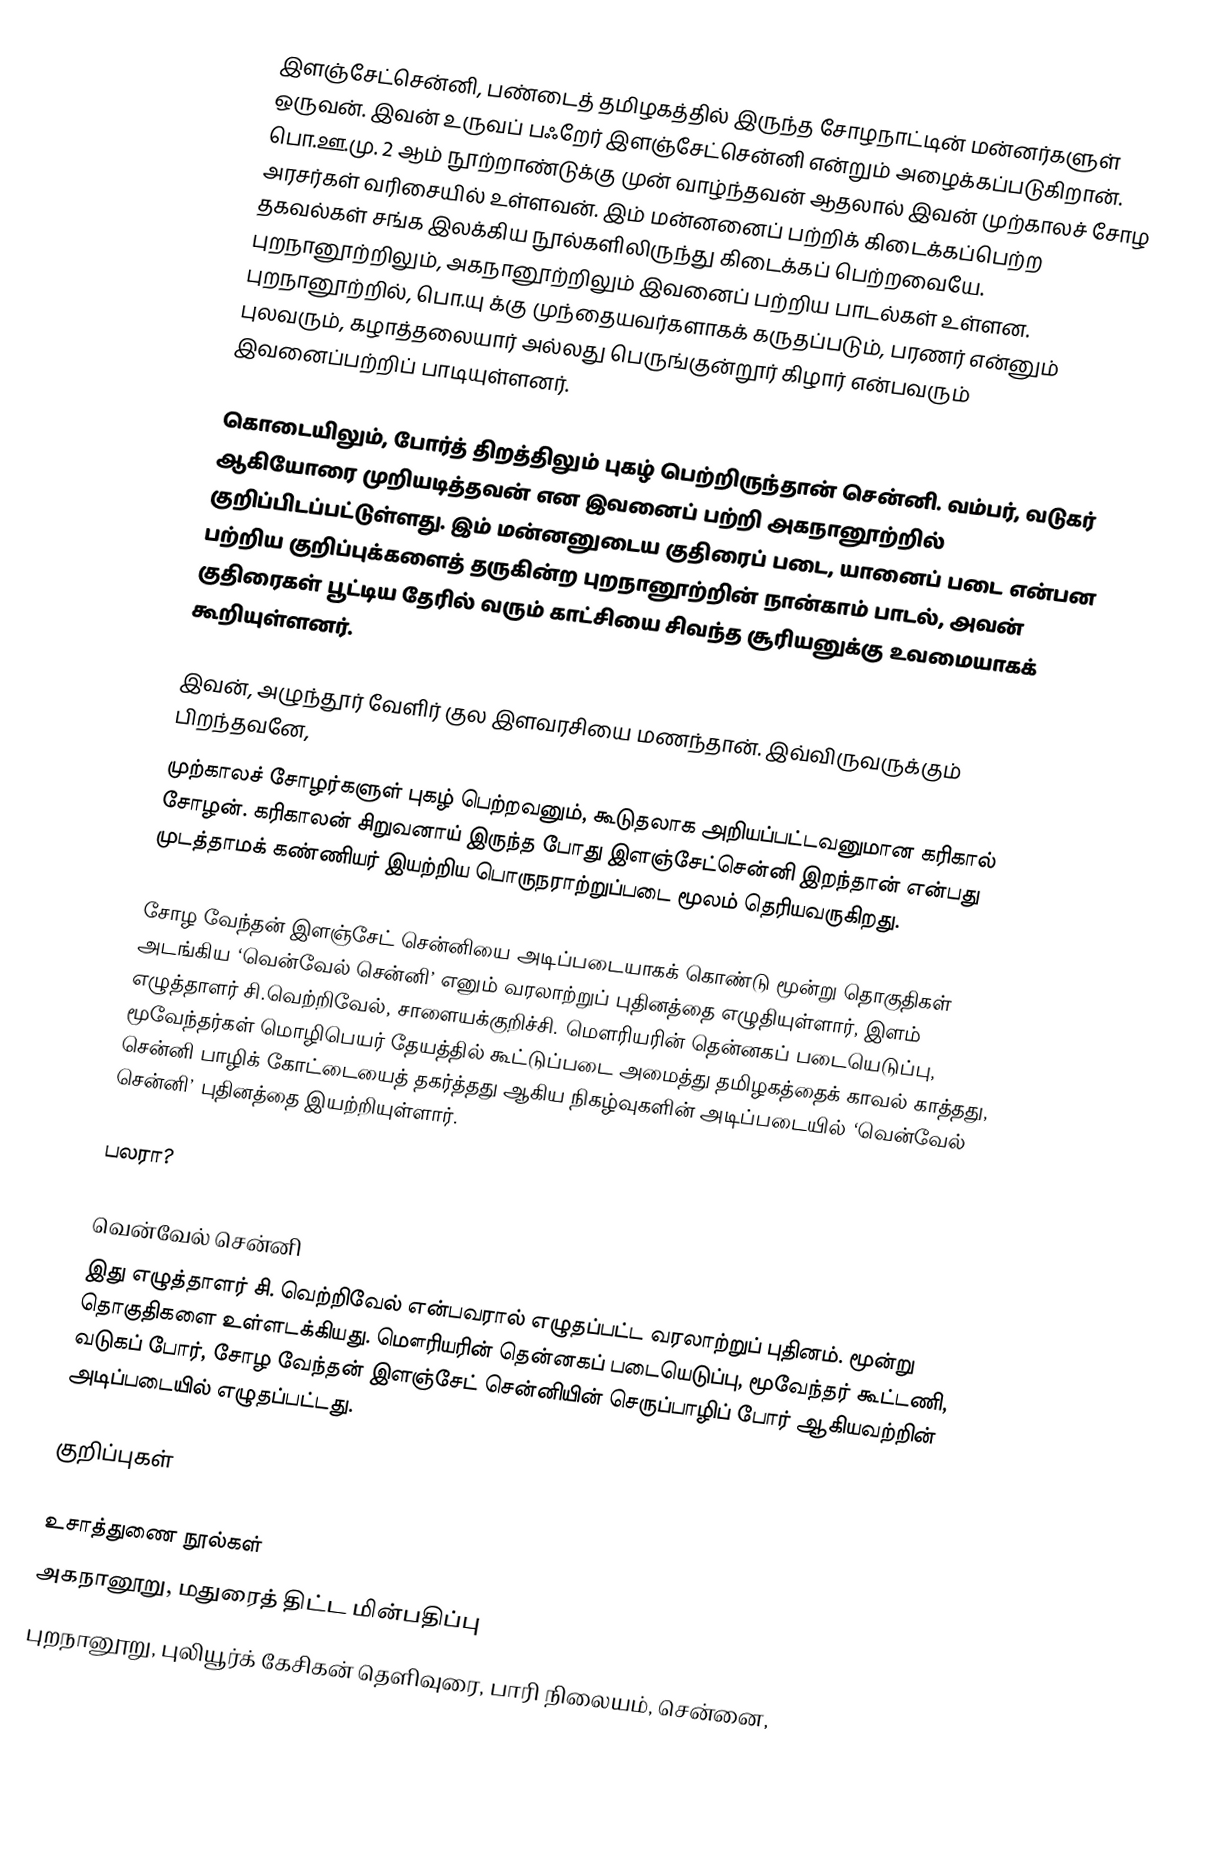
இளஞ்சேட்சென்னி, பண்டைத் தமிழகத்தில் இருந்த சோழநாட்டின் மன்னர்களுள் ஒருவன். இவன் உருவப் பஃறேர் இளஞ்சேட்சென்னி என்றும் அழைக்கப்படுகிறான். பொ.ஊ.மு. 2 ஆம் நூற்றாண்டுக்கு முன் வாழ்ந்தவன் ஆதலால் இவன் முற்காலச் சோழ அரசர்கள் வரிசையில் உள்ளவன். இம் மன்னனைப் பற்றிக் கிடைக்கப்பெற்ற தகவல்கள் சங்க இலக்கிய நூல்களிலிருந்து கிடைக்கப் பெற்றவையே. புறநானூற்றிலும், அகநானூற்றிலும் இவனைப் பற்றிய பாடல்கள் உள்ளன. புறநானூற்றில், பொ.யு க்கு முந்தையவர்களாகக் கருதப்படும், பரணர் என்னும் புலவரும், கழாத்தலையார் அல்லது பெருங்குன்றூர் கிழார் என்பவரும் இவனைப்பற்றிப் பாடியுள்ளனர்.

கொடையிலும், போர்த் திறத்திலும் புகழ் பெற்றிருந்தான் சென்னி. வம்பர், வடுகர் ஆகியோரை முறியடித்தவன் என இவனைப் பற்றி அகநானூற்றில் குறிப்பிடப்பட்டுள்ளது. இம் மன்னனுடைய குதிரைப் படை, யானைப் படை என்பன பற்றிய குறிப்புக்களைத் தருகின்ற புறநானூற்றின் நான்காம் பாடல், அவன் குதிரைகள் பூட்டிய தேரில் வரும் காட்சியை சிவந்த சூரியனுக்கு உவமையாகக் கூறியுள்ளனர்.

இவன், அழுந்தூர் வேளிர் குல இளவரசியை மணந்தான். இவ்விருவருக்கும் பிறந்தவனே,
முற்காலச் சோழர்களுள் புகழ் பெற்றவனும், கூடுதலாக அறியப்பட்டவனுமான கரிகால் சோழன். கரிகாலன் சிறுவனாய் இருந்த போது இளஞ்சேட்சென்னி இறந்தான் என்பது முடத்தாமக் கண்ணியர் இயற்றிய பொருநராற்றுப்படை மூலம் தெரியவருகிறது.

சோழ வேந்தன் இளஞ்சேட் சென்னியை அடிப்படையாகக் கொண்டு மூன்று தொகுதிகள் அடங்கிய ‘வென்வேல் சென்னி’ எனும் வரலாற்றுப் புதினத்தை எழுதியுள்ளார், இளம் எழுத்தாளர் சி.வெற்றிவேல், சாளையக்குறிச்சி. மௌரியரின் தென்னகப் படையெடுப்பு, மூவேந்தர்கள் மொழிபெயர் தேயத்தில் கூட்டுப்படை அமைத்து தமிழகத்தைக் காவல் காத்தது, சென்னி பாழிக் கோட்டையைத் தகர்த்தது ஆகிய நிகழ்வுகளின் அடிப்படையில் ‘வென்வேல் சென்னி’ புதினத்தை இயற்றியுள்ளார்.

பலரா?

வென்வேல் சென்னி
இது எழுத்தாளர் சி. வெற்றிவேல் என்பவரால் எழுதப்பட்ட வரலாற்றுப் புதினம். மூன்று தொகுதிகளை உள்ளடக்கியது. மௌரியரின் தென்னகப் படையெடுப்பு, மூவேந்தர் கூட்டணி, வடுகப் போர், சோழ வேந்தன் இளஞ்சேட் சென்னியின் செருப்பாழிப் போர் ஆகியவற்றின் அடிப்படையில் எழுதப்பட்டது.

குறிப்புகள்

உசாத்துணை நூல்கள்
 அகநானூறு, மதுரைத் திட்ட மின்பதிப்பு
 புறநானூறு, புலியூர்க் கேசிகன் தெளிவுரை, பாரி நிலையம், சென்னை,